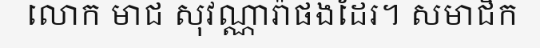
លោក មាជ សុវណ្ណារ៉ាផងដែរ។ សមាជិក